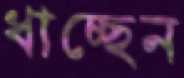
ধাচ্ছেন